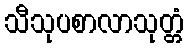
သီသုပစာလာသုတ္တံ